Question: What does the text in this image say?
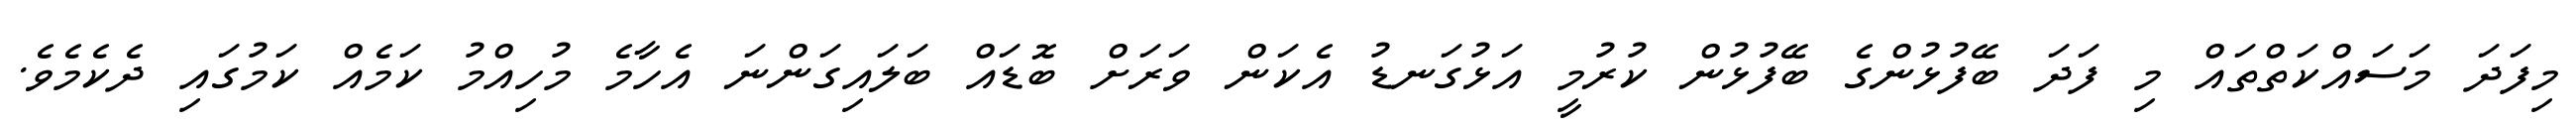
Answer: މިފަދަ މަސައްކަތްތައް މި ފަދަ ބޭފުޅުންގެ ބޭފުޅުން ކުރުމީ އަޅުގަނޑު އެކަން ވަރަށް ބޮޑައް ބަލައިގަންނަ އެހާމެ މުހިއްމު ކަމެއް ކަމުގައި ދެކެމެވެ.